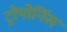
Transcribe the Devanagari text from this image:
ट्रोपोनिंस